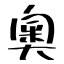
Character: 奧